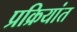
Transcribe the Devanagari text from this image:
प्रक्रियांत